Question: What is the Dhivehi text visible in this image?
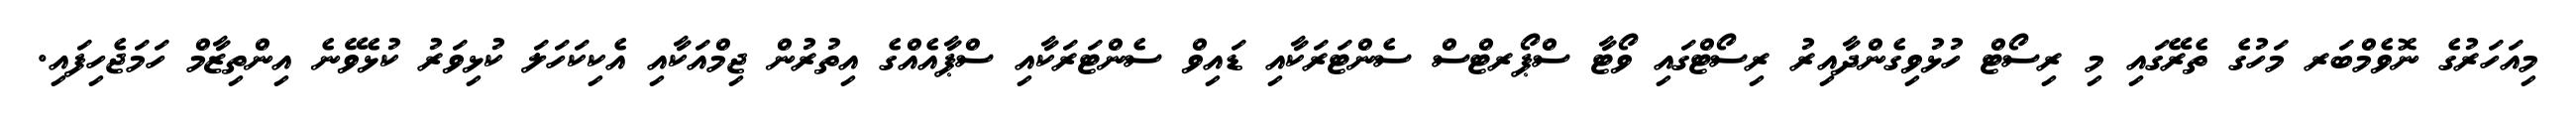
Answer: މިއަހަރުގެ ނޮވެމްބަރ މަހުގެ ތެރޭގައި މި ރިސޯޓް ހުޅުވިގެންދާއިރު ރިސޯޓްގައި ވޯޓާ ސްޕޯރޓްސް ސެންޓަރަކާއި ޑައިވް ސެންޓަރަކާއި ސްޕާއެއްގެ އިތުރުން ޖިމްއަކާއި އެކިކަހަލަ ކުޅިވަރު ކުޅެވޭނެ އިންތިޒާމް ހަމަޖެހިފައި.